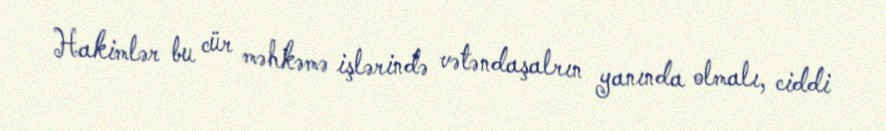
Hakimlər bu cür məhkəmə işlərində vətəndaşalrın yanında olmalı, ciddi